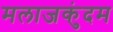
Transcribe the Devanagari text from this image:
मलाजकुंदम